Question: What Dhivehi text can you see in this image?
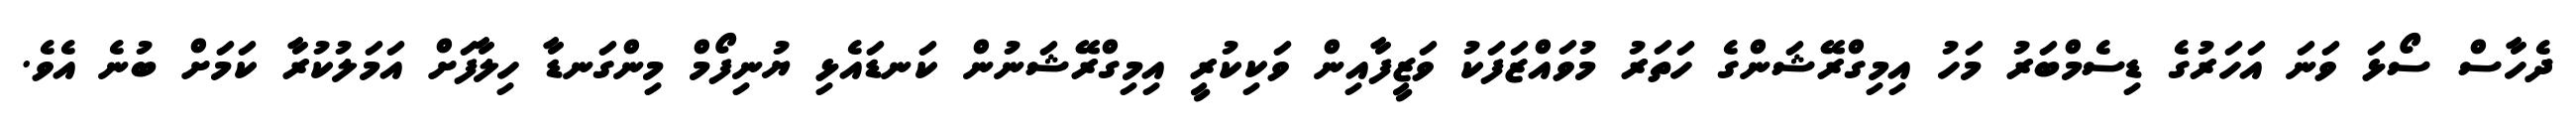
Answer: ދެހާސް ސޯޅަ ވަނަ އަހަރުގެ ޑިސެމްބަރު މަހު އިމިގްރޭޝަންގެ ހަތަރު މުވައްޒަފަކު ވަޒީފާއިން ވަކިކުރީ އިމިގްރޭޝަނުން ކަނޑައެޅި ޔުނިފޯމް މިންގަނޑާ ހިލާފަށް އަމަލުކުރާ ކަމަށް ބުނެ އެވެ.